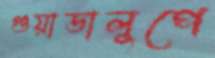
গুয়াডালুপে